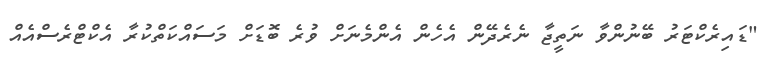
"ޑައިރެކްޓަރު ބޭނުންވާ ނަތީޖާ ނެރެދޭން އެހެން އެންމެނަށް ވުރެ ބޮޑަށް މަސައްކަތްކުރާ އެކްޓްރެސްއެއް